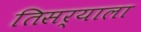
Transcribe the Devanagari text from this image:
तिसर्‍याला